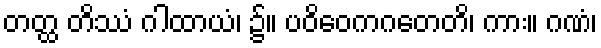
တတ္ထ တိဿံ ဂါထာယံ၊ ၌။ ပဝိဝေကဂတေတိ၊ ကား။ ဂဏံ၊